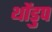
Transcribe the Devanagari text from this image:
थोंडुप